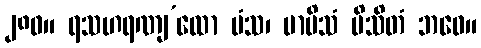
၂၈၀။ ရသဟရဏျ’ထော မံသ၊ မာမိသံ ပိသိတံ ဘဝေ။